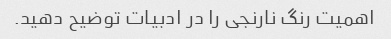
اهمیت رنگ نارنجی را در ادبیات توضیح دهید.